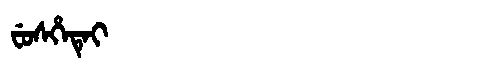
Manchu: ᠸᡠᠰᡥᡝᡨᡝᡳ
Romanization: FUSHETEI